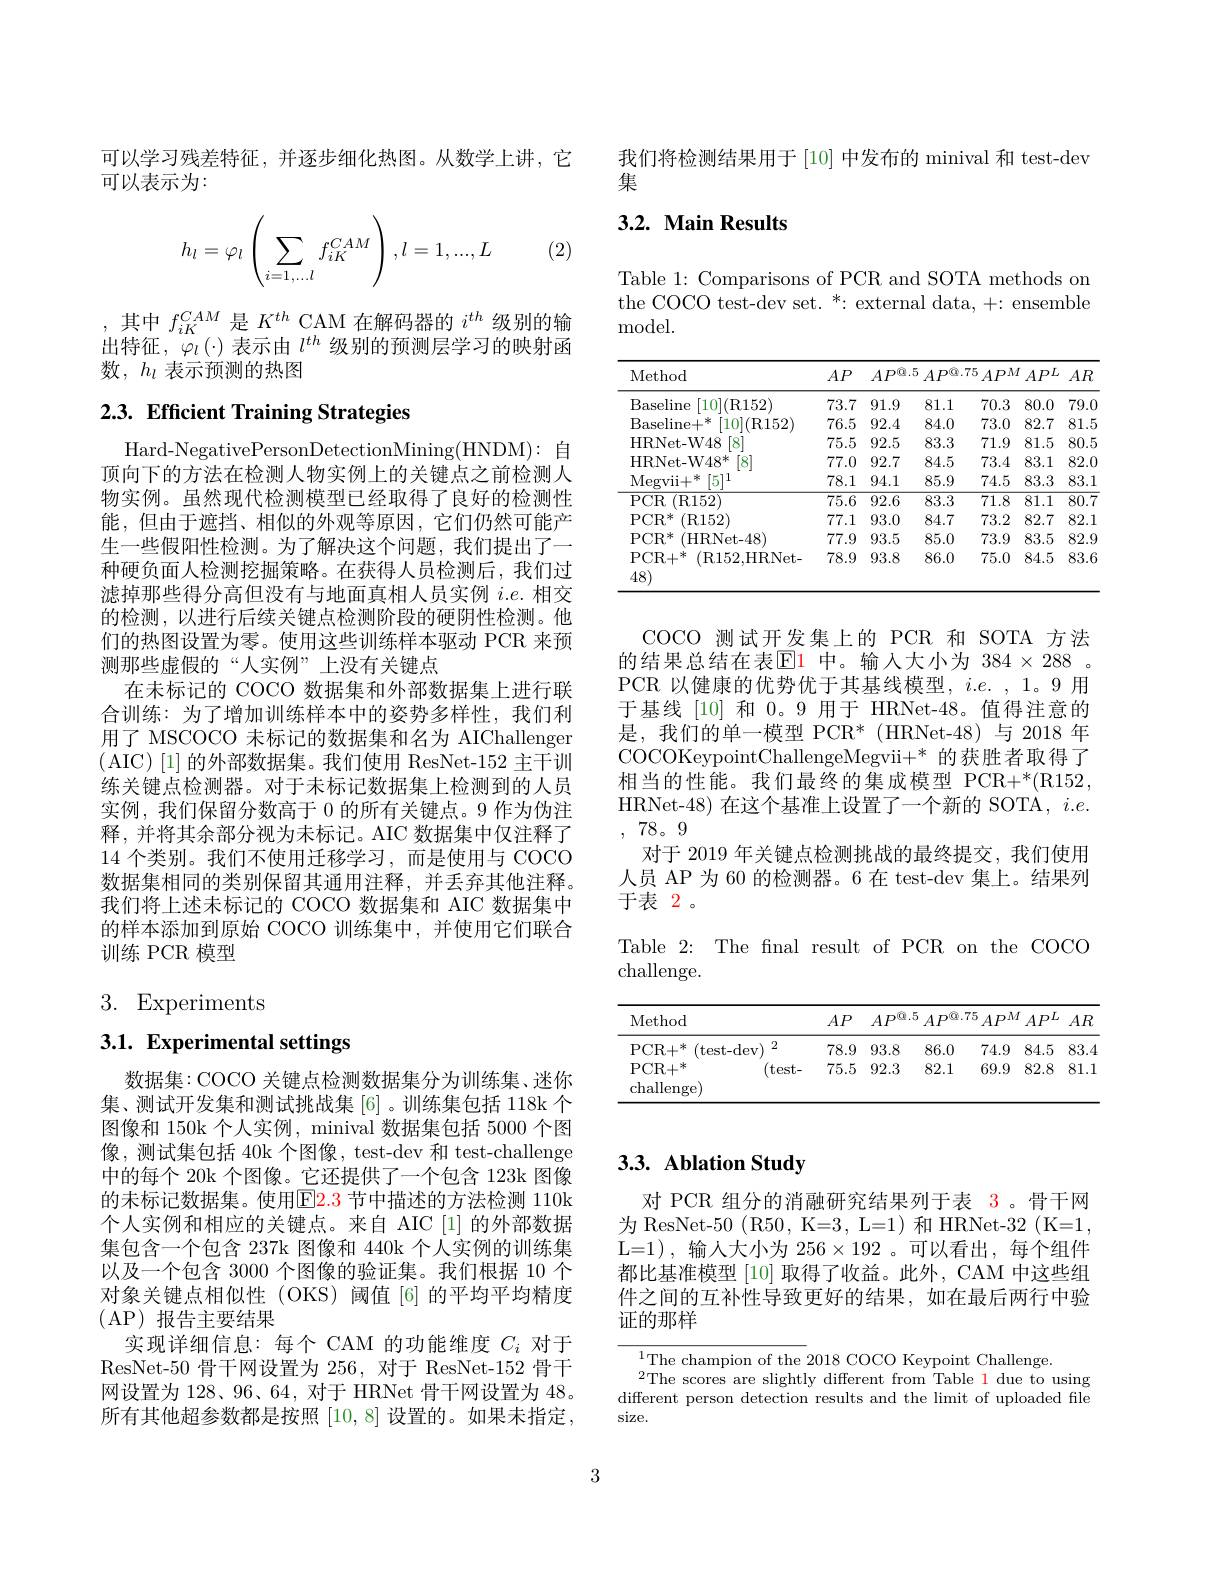
可以学习残差特征，并逐步细化热图。从数学上讲，它
可以表示为：
$$h_l=\varphi_l\left(\sum_{i=1,...l}f_{iK}^{CAM}\right),l=1,...,L$$
(2)

,其中$f_iK^{CAM}$是$K^th$ CAM 在解码器的 $i^th$ 级别的输出特征，$\varphi_l\left(\cdot\right)$表示由$l^{th}$级别的预测层学习的映射函数，$h_l$表示预测的热图

## 2.3. Efficient Training Strategies

Hard-NegativePersonDetectionMining(HNDM): 自顶向下的方法在检测人物实例上的关键点之前检测人物实例。虽然现代检测模型已经取得了良好的检测性能，但由于遮挡、相似的外观等原因，它们仍然可能产生一些假阳性检测。为了解决这个问题，我们提出了一种硬负面人检测挖掘策略。在获得人员检测后，我们过滤掉那些得分高但没有与地面真相人员实例$i.e.$相交的检测，以进行后续关键点检测阶段的硬阴性检测。他们的热图设置为零。使用这些训练样本驱动 PCR 来预测那些虚假的“人实例”上没有关键点
在未标记的 COCO 数据集和外部数据集上进行联合训练：为了增加训练样本中的姿势多样性，我们利用了 MSCOCO 未标记的数据集和名为 AIChallenger ( AIC)[1] 的外部数据集。我们使用 ResNet-152 主干训练关键点检测器。对于未标记数据集上检测到的人员实例，我们保留分数高于 0 的所有关键点。9 作为伪注释，并将其余部分视为未标记。AIC 数据集中仅注释了14 个类别。我们不使用迁移学习，而是使用与 COCO 数据集相同的类别保留其通用注释，并丢弃其他注释。我们将上述未标记的 COCO 数据集和 AIC 数据集中的样本添加到原始 COCO 训练集中，并使用它们联合训练 PCR 模型

3. Experiments

3.1. Experimental settings

数据集：COCO 关键点检测数据集分为训练集、迷你集、测试开发集和测试挑战集[6]。训练集包括 118k 个图像和 150k 个人实例，minival 数据集包括 5000 个区像，测试集包括 40k 个图像，test-dev 和 test-challenge 中的每个 20k 个图像。它还提供了一个包含 123k 图像的未标记数据集。使用$\color{red}{\mathrm{E}}\color{red}{2.3}$ 节中描述的方法检测 110k 个人实例和相应的关键点。来自 AIC [1]的外部数据集包含一个包含 237k 图像和 440k 个人实例的训练集以及一个包含 3000 个图像的验证集。我们根据 10 个对象关键点相似性(OKS)阈值[6]的平均平均精度(AP)报告主要结果
实现详细信息：每个 CAM 的功能维度$C_i$对于ResNet-50 骨干网设置为 256, 对于 ResNet-152 骨干网设置为 128、96、64, 对于 HRNet 骨干网设置为 48。所有其他超参数都是按照[10,8]设置的。如果未指定，

我们将检测结果用于[10] 中发布的 minival 和 test-dev
集

## 3.2. Main Results

Table 1: Comparisons of PCR and SOTA methods on the COCO test-dev set. *: external data, +: ensemble model.

<table>
	<tbody>
		<tr>
			<th>Method</th>
			<th>$AP$</th>
			<th>$AP^{\textcircled{9}}.5$</th>
			<th>$AP^{\textcircled{9}}.7$</th>
			<th>5 $APM$</th>
			<th>$APL$</th>
			<th>$AR$</th>
		</tr>
		<tr>
			<td>Baseline [10](R152]</td>
			<td>73.7</td>
			<td>91.9</td>
			<td>81.1</td>
			<td>70.3</td>
			<td>80.0</td>
			<td>79.0</td>
		</tr>
		<tr>
			<td>$\mathrm{Baseline+}^{*}$ [10](R152)</td>
			<td>76.5</td>
			<td>92.4</td>
			<td>84.0</td>
			<td>73.0</td>
			<td>82.7</td>
			<td>81.5</td>
		</tr>
		<tr>
			<td>HRNet-W48 $\lceil8\rceil$</td>
			<td>75.5</td>
			<td>92.5</td>
			<td>83.3</td>
			<td>71.9</td>
			<td>81.5</td>
			<td>80.5</td>
		</tr>
		<tr>
			<td>HRNet- W4$8^{* }$ 8</td>
			<td>77.0</td>
			<td>92.7</td>
			<td>84.5</td>
			<td>73.4</td>
			<td>83.1</td>
			<td>82.0</td>
		</tr>
		<tr>
			<td>Megvii+ 二米 [5]1</td>
			<td>78.1</td>
			<td>94.1</td>
			<td>85.9</td>
			<td>74.5</td>
			<td>83.3</td>
			<td>83.1</td>
		</tr>
		<tr>
			<td>$PCR$ (R152)</td>
			<td>$\overline{75.6}$</td>
			<td>92.6</td>
			<td>83.3</td>
			<td>$\overline{71.8}$</td>
			<td>$\overline{81.1}$</td>
			<td>$\overline{80.7}$</td>
		</tr>
		<tr>
			<td>$\mathrm{PCR}^{*}$ (R152)</td>
			<td>77.1</td>
			<td>93.0</td>
			<td>84.7</td>
			<td>73.2</td>
			<td>82.7</td>
			<td>82.1</td>
		</tr>
		<tr>
			<td>$\mathrm{PCR}^{*}$ (HRNet-48)</td>
			<td>77.9</td>
			<td>93.5</td>
			<td>85.0</td>
			<td>73.9</td>
			<td>83.5</td>
			<td>82.9</td>
		</tr>
		<tr>
			<td>$\mathrm{PCR+}^{*}$ (R152,HRNet- 48)</td>
			<td>78.9</td>
			<td>93.8</td>
			<td>86.0</td>
			<td>75.0</td>
			<td>84.5</td>
			<td>83.6</td>
		</tr>
	</tbody>
</table>

COCO 测试开发集上的 PCR 和 SOTA 方法的结果总结在表$\color{red}{\mathrm{E}}\color{blue}{\mathrm{1}}$ 中。输入大小为 $384\times288$ PCR 以健康的优势优于其基线模型，$i. e.$ ,1。9用于基线[10] 和0。9 用于 HRNet-48。值得注意的是，我们的单一模型 PCR*(HRNet-48)与 2018 年COCOKeypointChallengeMegvii+* 的获胜者取得了相当的性能。我们最终的集成模型 PCR+*(R152, HRNet-48) 在这个基准上设置了一个新的 SOTA, $i.e.$ ,78。9
对于 2019 年关键点检测挑战的最终提交，我们使用人员 AP 为 60 的检测器。6 在 test-dev 集上。结果列于表 2。
Table 2: The fnal result of PCR on the COCC
challenge.

<table>
	<tbody>
		<tr>
			<th>Method</th>
			<th>$AP$</th>
			<th>$A$ $D^{\textcircled {9}}. 5$</th>
			<th>$A$ $D^{\textcircled {9}}. 7$</th>
			<th>$APM$ 7</th>
			<th>$APL$</th>
			<th>$AR$</th>
		</tr>
		<tr>
			<td>$\mathrm{PCR+}^{*}$ (test-dev) 2</td>
			<td>78.9</td>
			<td>93.8</td>
			<td>86.0</td>
			<td>74.9</td>
			<td>84.5</td>
			<td>83.4</td>
		</tr>
		<tr>
			<td>PCR+ 州 (test- challenge</td>
			<td>75.5</td>
			<td>92.3</td>
			<td>82.1</td>
			<td>69.9</td>
			<td>82.8</td>
			<td>81.1 1 </td>
		</tr>
	</tbody>
</table>

## 3.3. Ablation Study

对 PCR 组分的消融研究结果列于表 3。骨干网为 ResNet-50 (R50, K=3, L=1) 和 HRNet-32 (K=1, L=1),输人大小为$256\times192$。可以看出，每个组件都比基准模型 [10] 取得了收益。此外，CAM 中这些组件之间的互补性导致更好的结果，如在最后两行中验证的那样

$^{1}$The champion of the 2018 COCO Keypoint Challenge.
The scores are slightly different from Table 1 due to using different person detection results and the limit of uploaded file size.

3